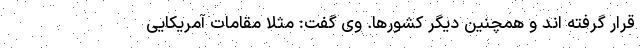
قرار گرفته اند و همچنین دیگر کشورها. وی گفت: مثلا مقامات آمریکایی